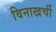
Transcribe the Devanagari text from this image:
विनाखर्ची